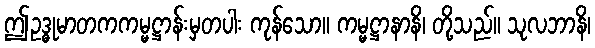
ဤဥဒ္ဓုမာတကကမ္မဋ္ဌာန်းမှတပါး ကုန်သော။ ကမ္မဋ္ဌာနာနိ၊ တို့သည်။ သုလဘာနိ၊